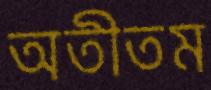
অতীতম